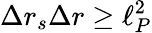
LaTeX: \Delta r_{s}\Delta r\geq\ell_{P}^{2}